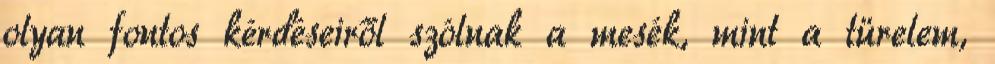
olyan fontos kérdéseiről szólnak a mesék, mint a türelem,